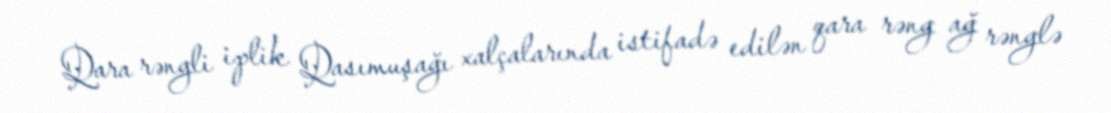
Qara rəngli iplik Qasımuşağı xalçalarında istifadə edilən qara rəng ağ rənglə